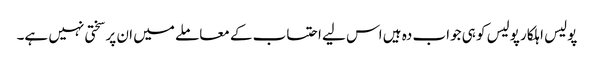
پولیس اہلکار پولیس کو ہی جواب دہ ہیں اس لیے احتساب کے معاملے میں ان پر سختی نہیں ہے۔